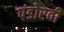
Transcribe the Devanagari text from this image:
पंडोरवी